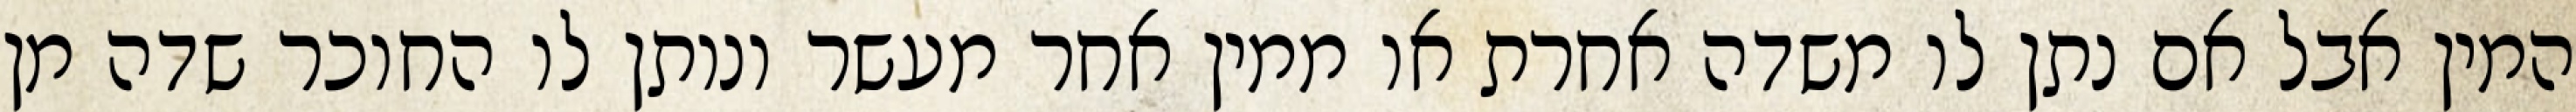
המין אבל אם נתן לו משדה אחרת או ממין אחר מעשר ונותן לו החוכר שדה מן